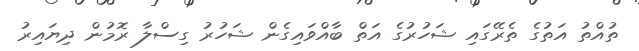
ތުއްތު އަތުގެ ތެރޭގައި ޝަހުރުގެ އަތް ބާއްވައިގެން ޝަހުރު ގިސްލާ ރޮމުން ދިޔައިރު